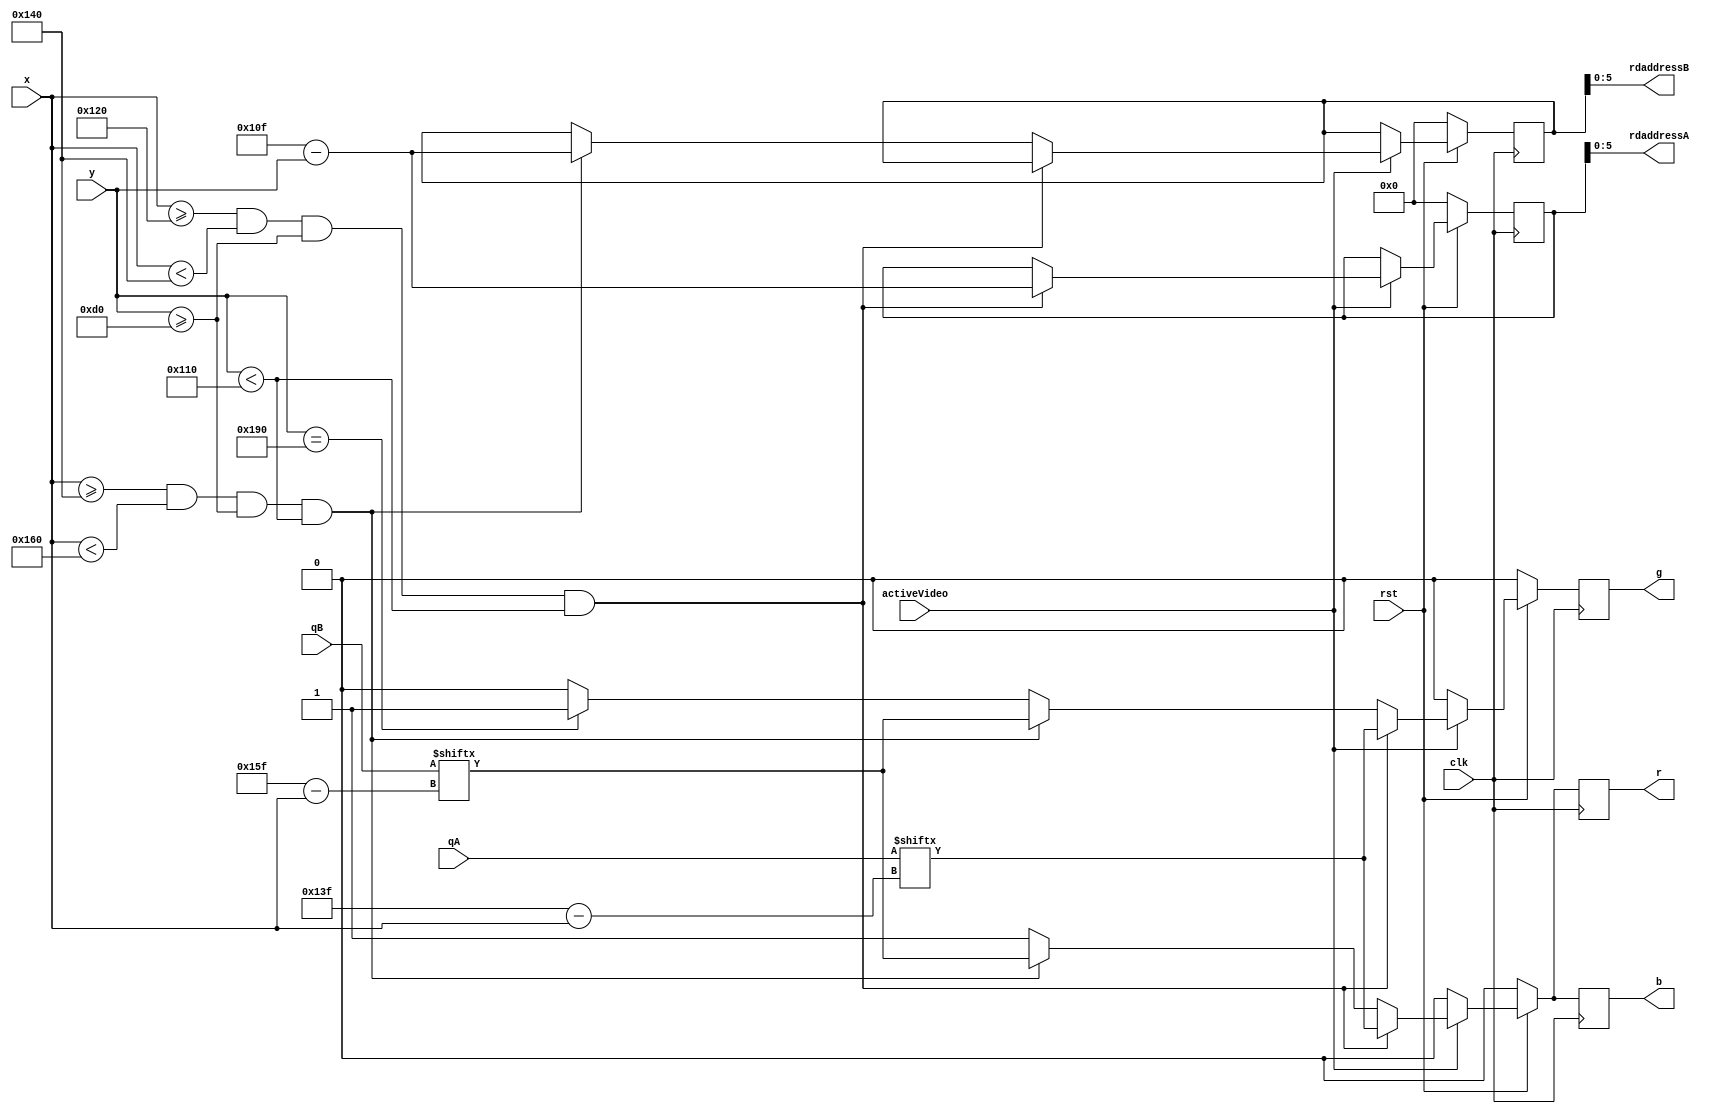
module drawPixel(clk, rst, x, y, activeVideo, r, g, b, rdaddressA, rdaddressB, qA, qB);
	//vai ter buffer de memria depois
	// memria dual port - para ler e escrever ao mesmo tempo
	
	input clk;
	input rst;
	input [9:0] x;
	input [9:0] y;
	input activeVideo;
	input [31:0] qA;
	input [31:0] qB;
	output [5:0] rdaddressA;
	output [5:0] rdaddressB;
	output reg r;
	output reg g;
	output reg b;
	
	reg [9:0] counterA = 0;
	reg [9:0] counterB = 0;
	
	assign rdaddressA = counterA[5:0];
	assign rdaddressB = counterB[5:0]; 
	
	//pinta a tela
	always @ (posedge clk) begin
		if(!rst) begin
			r <= 1'b0;
			g <= 1'b0;
			b <= 1'b0;
			counterA <= 10'd0;
			counterB <= 10'd0;
		end	
		else begin
			if(activeVideo) begin //aqui  pra ler a memria
//				if(x >= 0 && x < 32 && y >= 0 && y < 64) begin
//					counterA <= y;
//					r <= qA[31-x];
// 					g <= qA[31-x];
//					b <= qA[31-x];					
//				end
//				else if(x >= 32 && x < 64 && y >= 0 && y < 64) begin
//					counterB <= y;
//					r <= qB[63-x];
// 					g <= qB[63-x];
//					b <= qB[63-x];					
//				end
				if(x >= 10'd288 && x < 10'd320 && y >= 10'd208 && y < 10'd272) begin
					counterA <= (271-y);
					r <= qA[319-x];
					g <= qA[319-x];
					b <= qA[319-x];
				end
				else if(x >= 10'd320 && x < 10'd352 && y >= 10'd208 && y < 10'd272) begin
					counterB <= (271-y);   
					r <= qB[351-x];
					g <= qB[351-x];
					b <= qB[351-x];
				end
				else if(y == 400) begin
					r <= 1'b1;
					g <= 1'b1;
					b <= 1'b1;
				end
				else begin
					r <= 1'b1;
					g <= 1'b0;
					b <= 1'b1;
				end
			end
			else begin
				r <= 1'b0;
				g <= 1'b0;
				b <= 1'b0;
			end
		end
	end
endmodule